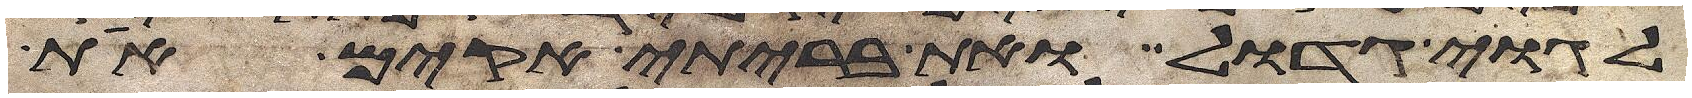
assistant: לגוי גדול ואת בריתי אקים את